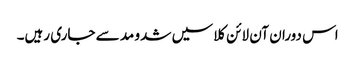
اس دوران آن لائن کلاسیں شدو مد سے جاری رہیں۔